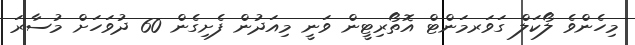
މިހެންވެ ލޯކަލް ގަވަރމަންޓް އޮތޯރިޓީން ވަނީ މިއަދުން ފެށިގެން 60 ދުވަހަށް މުސާރަ